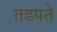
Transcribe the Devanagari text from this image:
तडपते